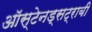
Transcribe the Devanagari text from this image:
ऑस्टेनड्सट्राबी